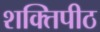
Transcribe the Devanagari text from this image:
शक्‍ितपीठ